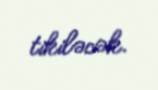
tikiləcək.